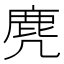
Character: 麂